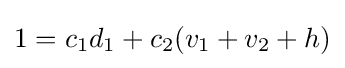
1=c_{1}d_{1}+c_{2}(v_{1}+v_{2}+h)